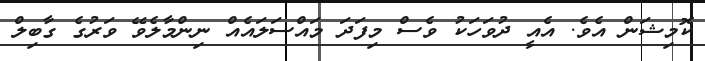
ކޮމިޝަން އެވެ. އެއީ ދުވަހަކު ވެސް މިފަދަ މައްސަލައެއް ނިންމާލެވޭ ވަރުގެ ގާބިލް